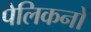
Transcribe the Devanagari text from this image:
पेलिकनों